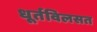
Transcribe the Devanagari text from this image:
धूर्तविलसत